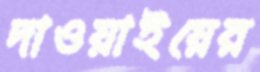
দাওয়াইয়ের